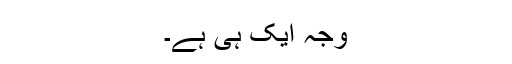
وجہ ایک ہی ہے۔